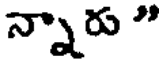
న్నారు "